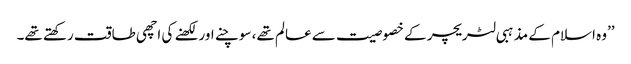
’’وہ اسلام کے مذہبی لٹریچر کے خصوصیت سے عالم تھے، سوچنے اور لکھنے کی اچھی طاقت رکھتے تھے۔